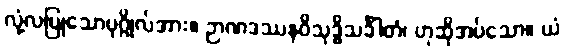
လုံ့လပြုသောပုဂ္ဂိုလ်အား။ ဉာဏဒဿနဝိသုဒ္ဓိသင်္ခါတံ၊ ဟုဆိုအပ်သော။ ယံ